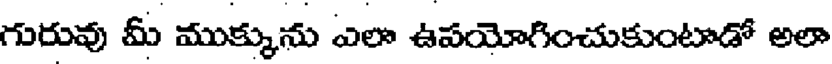
గురువు మీ ముక్కును ఎలా ఉపయోగించుకుంటాడో అలా